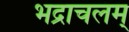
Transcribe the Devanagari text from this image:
भद्राचलम्‌